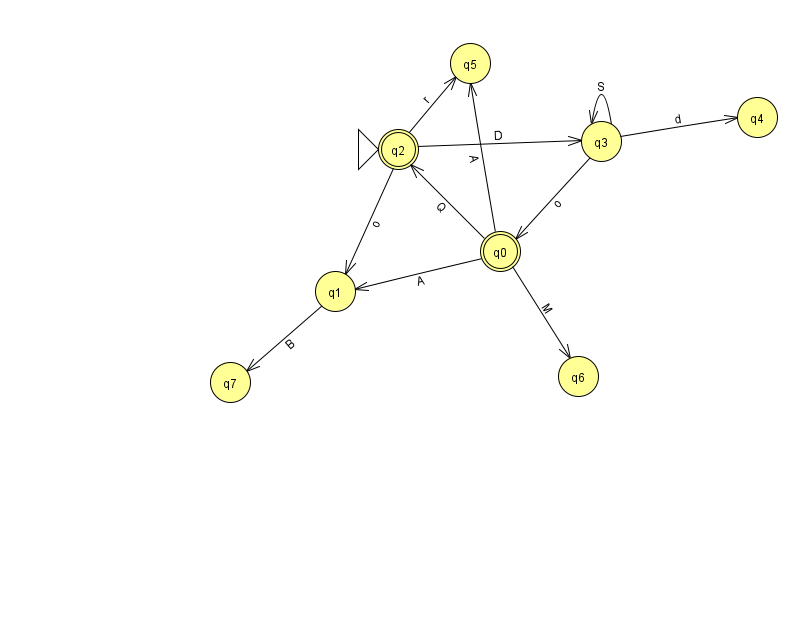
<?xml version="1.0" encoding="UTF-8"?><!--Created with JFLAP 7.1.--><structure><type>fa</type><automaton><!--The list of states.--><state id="0" name="q0"><x>500.0</x><y>238.0</y><final/></state><state id="1" name="q1"><x>335.0</x><y>278.0</y></state><state id="2" name="q2"><x>398.0</x><y>136.0</y><initial/><final/></state><state id="3" name="q3"><x>601.0</x><y>128.0</y></state><state id="4" name="q4"><x>757.0</x><y>104.0</y></state><state id="5" name="q5"><x>470.0</x><y>50.0</y></state><state id="6" name="q6"><x>578.0</x><y>363.0</y></state><state id="7" name="q7"><x>230.0</x><y>369.0</y></state><!--The list of transitions.--><transition><from>2</from><to>1</to><read>o</read></transition><transition><from>3</from><to>3</to><read>S</read></transition><transition><from>0</from><to>2</to><read>Q</read></transition><transition><from>3</from><to>0</to><read>o</read></transition><transition><from>0</from><to>6</to><read>M</read></transition><transition><from>2</from><to>3</to><read>D</read></transition><transition><from>0</from><to>1</to><read>A</read></transition><transition><from>0</from><to>5</to><read>A</read></transition><transition><from>2</from><to>5</to><read>r</read></transition><transition><from>1</from><to>7</to><read>B</read></transition><transition><from>3</from><to>4</to><read>d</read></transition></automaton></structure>